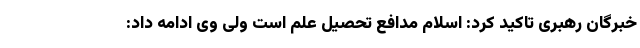
خبرگان رهبری تاکید کرد: اسلام مُدافع تحصیل علم است ولی وی ادامه داد: